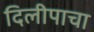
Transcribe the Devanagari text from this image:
दिलीपाचा